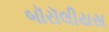
બૉરૉલીયસ